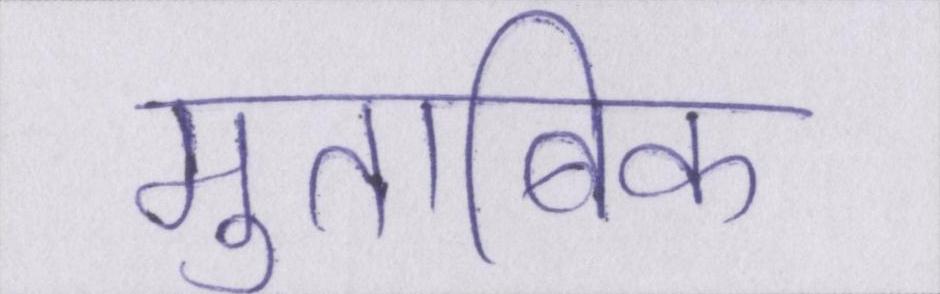
मुताबिक